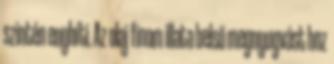
szintén enyhíti. Az olaj finom illata belső megnyugvást hoz